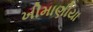
ખીમાણીયા